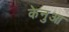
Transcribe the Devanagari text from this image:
केनुआ